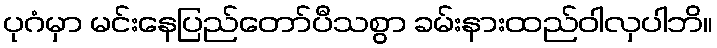
ပုဂံမှာ မင်းနေပြည်တော်ပီသစွာ ခမ်းနားထည်ဝါလှပါဘိ။